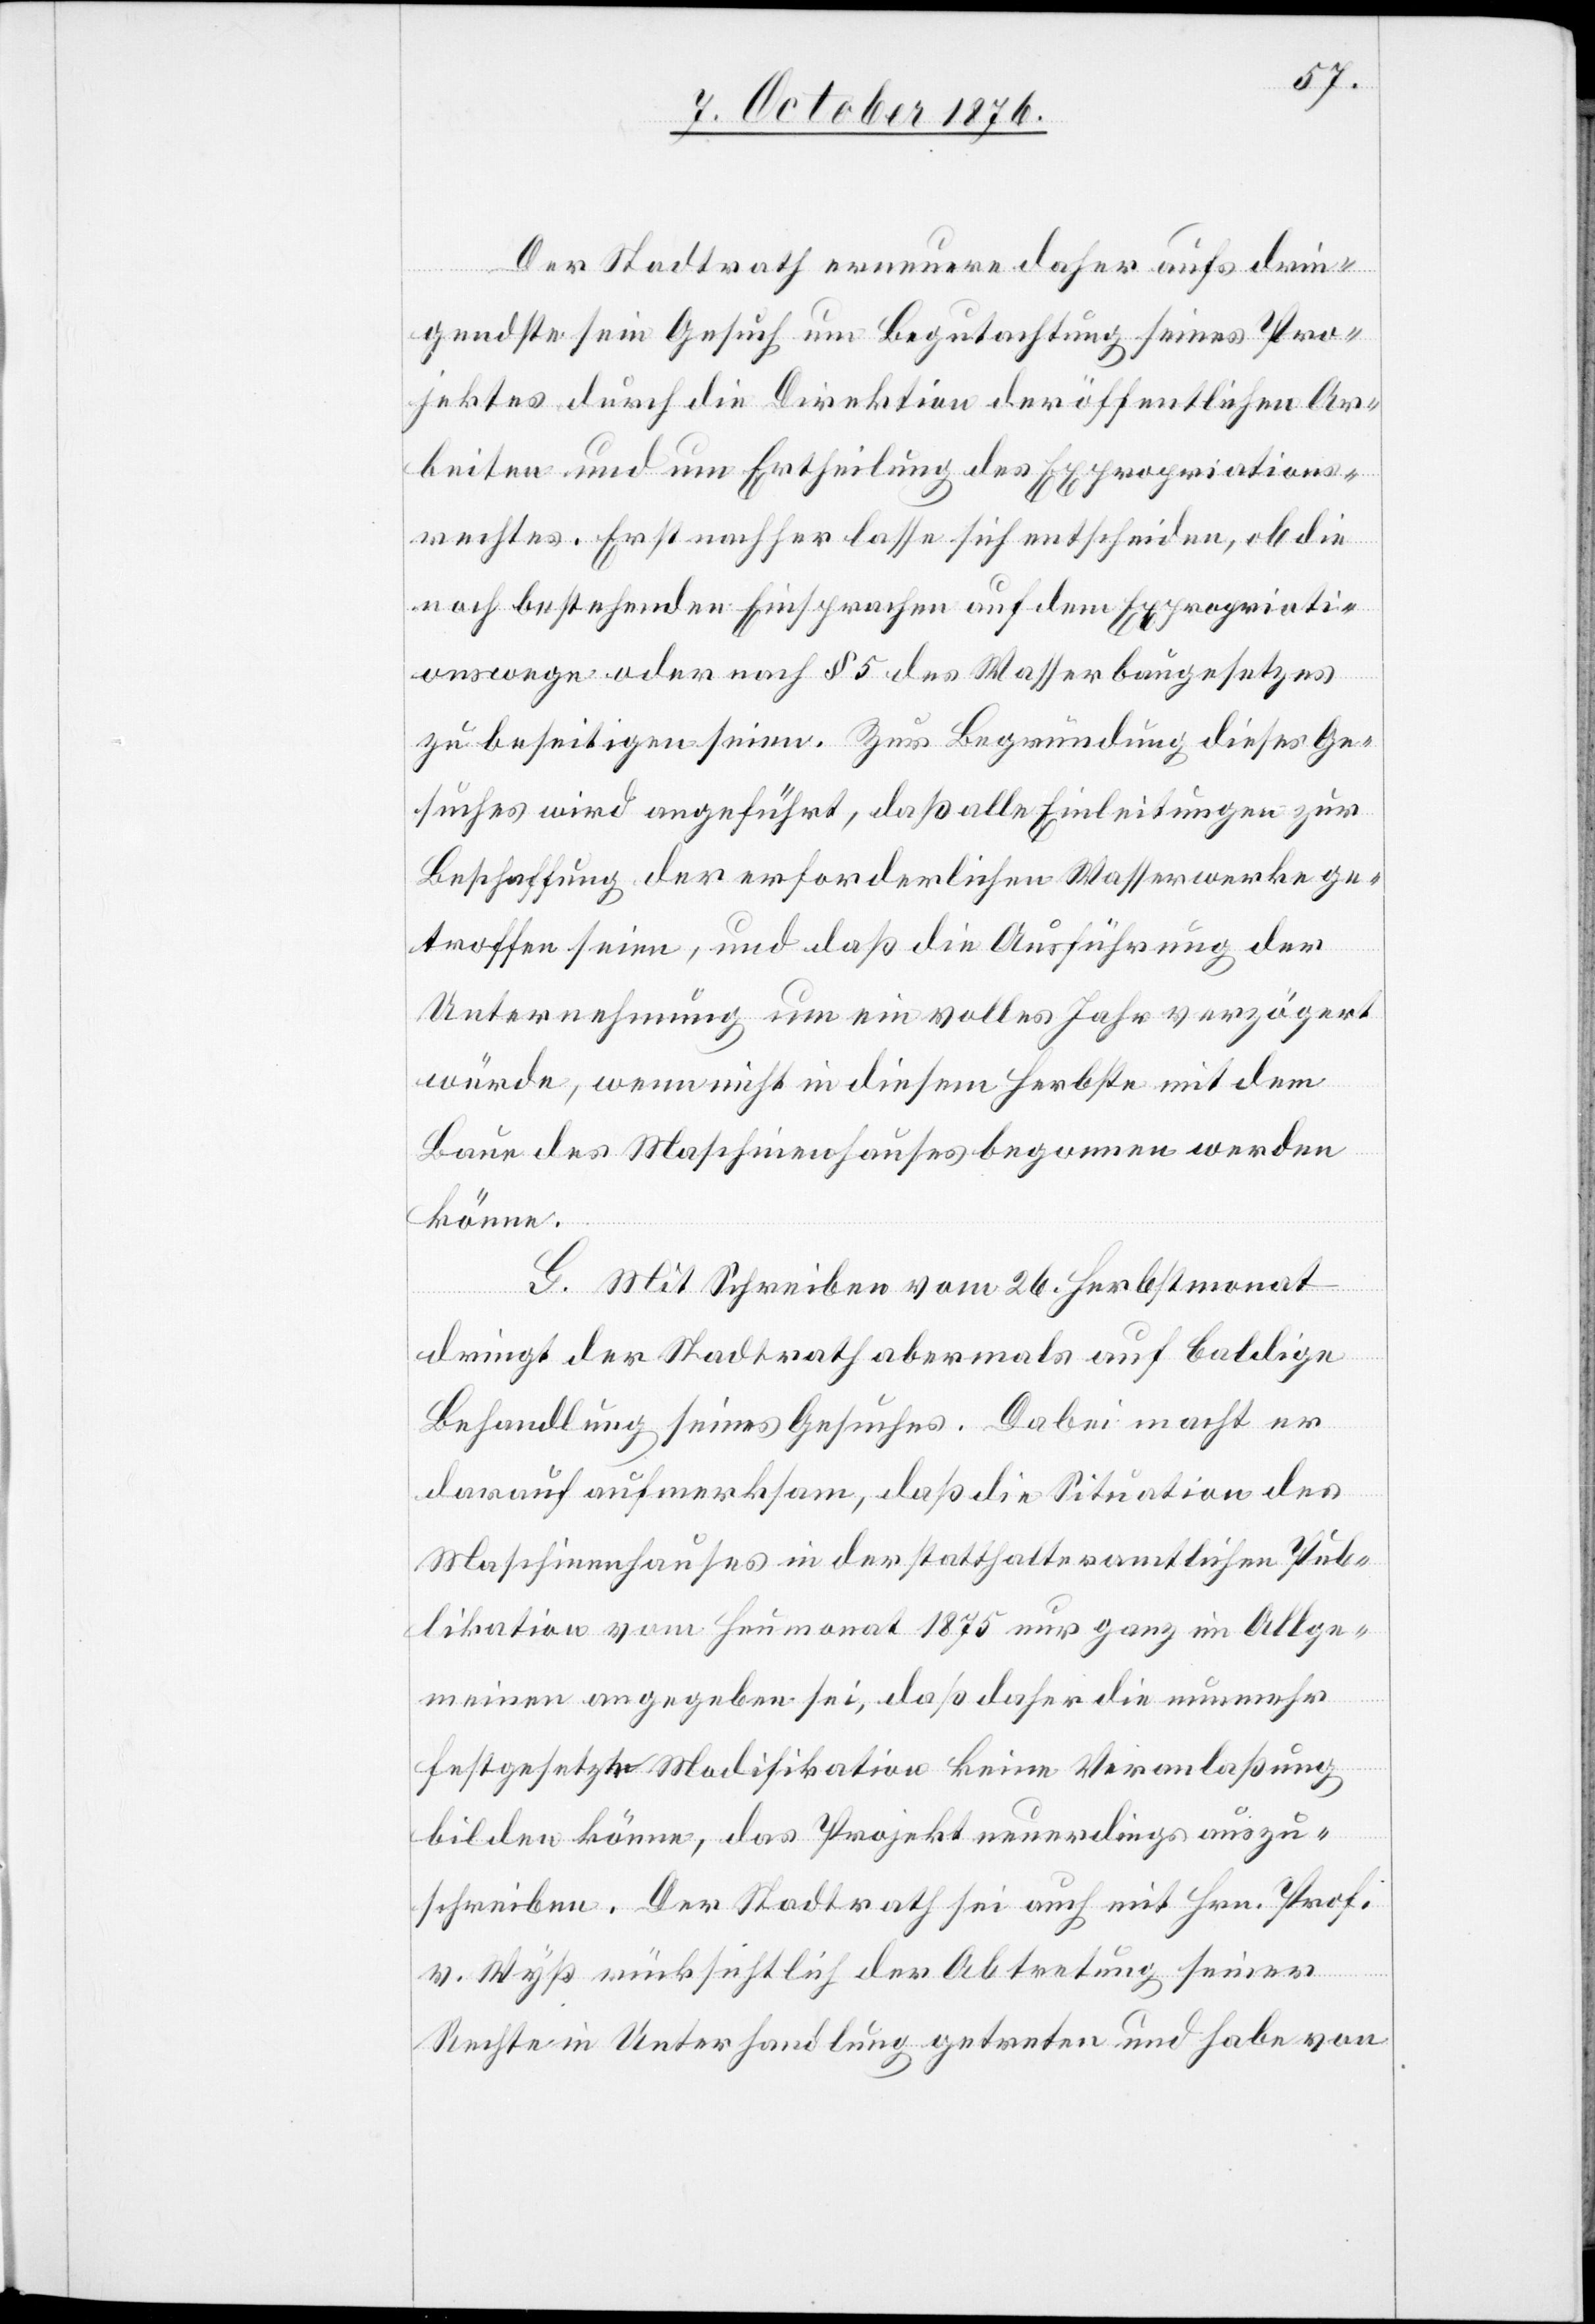
Der Stadtrath erneuere daher aufs drin¬
gendste sein Gesuch um Begutachtung seines Pro¬
jektes durch die Direktion der öffentlichen Ar¬
beiten und um Ertheilung des Expropriations¬
rechtes. Erst nachher lasse sich entscheiden, ob die
noch bestehenden Einsprachen auf dem Expropriati¬
onswege oder nach § 4 des Wasserbaugesetzes
zu beseitigen seien. Zur Begründung dieses Ge¬
suches wird angeführt, daß alle Einleitungen zur
Beschaffung der erforderlichen Wasserwerke ge¬
von
troffen seien, und daß die Ausführung der
Unternehmung um ein volles Jahr verzögert
würden, wenn nicht in diesem Herbste mit dem
Baue des Maschinenhauses begonnen werden
könne.
G. Mit Schreiben vom 26. Herbstmonat
dringt der Stadtrath abermals auf baldige
Behandlung seines Gesuches. Dabei macht er
darauf aufmerksam, daß die Situation des
Maschinenhauses in der statthalteramtlichen Pub¬
likation vom Heumonat 1875 nur ganz im Allge¬
v.
meinen angegeben sei, daß daher die nunmehr
festgesetzte Modifikation keine Veranlaßung
en
bilden könne, das Projekt neuerdings auszu¬
schreiben. Der Stadtrath sei auch mit Hrn. Prof.